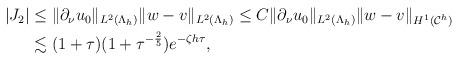
LaTeX: \begin{align*} \begin{aligned} \vert J_2 \vert &\leq \|\partial _{\nu} u_0\|_{ L^{2}(\Lambda_{h})} \|w-v\|_{ L^{2}(\Lambda_{h})} \leq C\|\partial _{\nu} u_0\|_{ L^{2}(\Lambda_{h})} \|w-v\|_{ H^{1}(\mathcal C^h)}\\ &\lesssim (1+\tau)(1+\tau^{-\frac{2}{5}})e^{-\zeta h\tau}, \end{aligned} \end{align*}